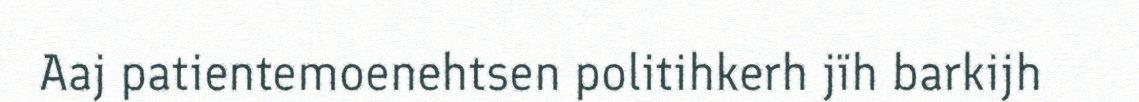
Aaj patientemoenehtsen politihkerh jïh barkijh